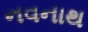
નવનાથ